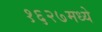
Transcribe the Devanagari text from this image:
१६२७मध्ये